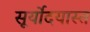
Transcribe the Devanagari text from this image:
सूर्योदयास्त